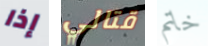
إذا قتالي خاتم